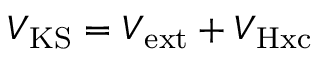
V _ { \mathrm { K S } } = V _ { \mathrm { e x t } } + V _ { \mathrm { H x c } }